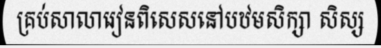
គ្រប់សាលារៀនពិសេសនៅបឋមសិក្សា សិស្ស